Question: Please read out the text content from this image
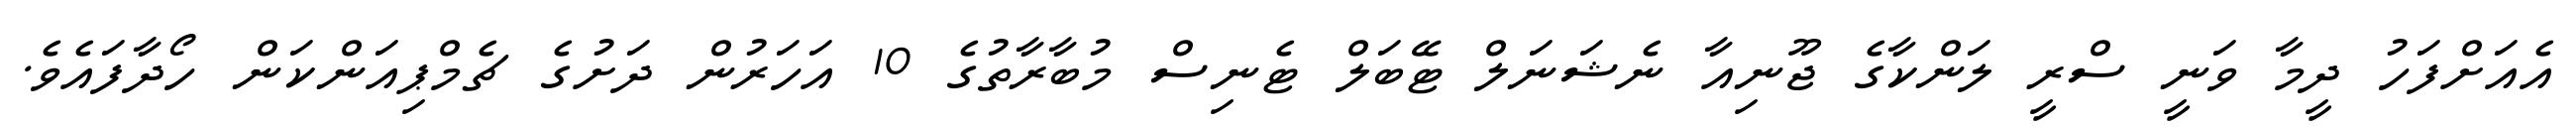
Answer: އެއަށްފަހު ދީމާ ވަނީ ސްރީ ލަންކާގެ ޖޫނިއާ ނެޝަނަލް ޓޭބަލް ޓެނިސް މުބާރާތުގެ 10 އަހަރުން ދަށުގެ ޗެމްޕިއަންކަން ހޯދާފައެވެ.